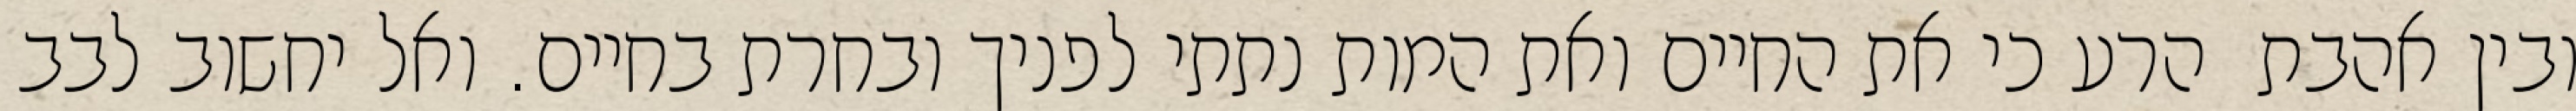
ובין אהבת  הרע כי את החיים ואת המות נתתי לפניך ובחרת בחיים. ואל יחשוב לבב